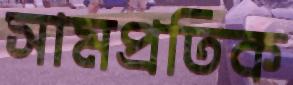
সামপ্রতিক